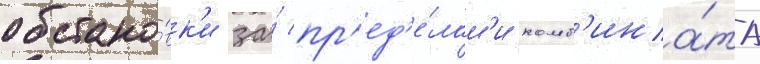
обстано́вк'и за́ пр'ед'е́лам'и комб'ина́та